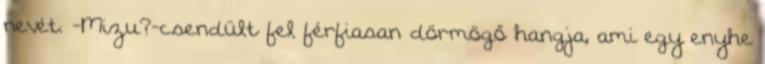
nevét. -Mizu?-csendült fel férfiasan dörmögő hangja, ami egy enyhe